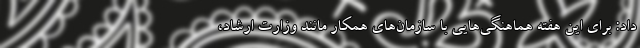
داد: برای این هفته هماهنگی‌هایی با سازمان‌های همکار مانند وزارت ارشاد،